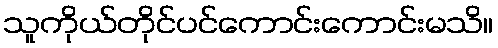
သူကိုယ်တိုင်ပင်ကောင်းကောင်းမသိ။